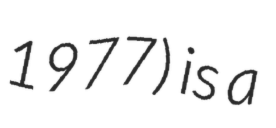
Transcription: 1977) is a